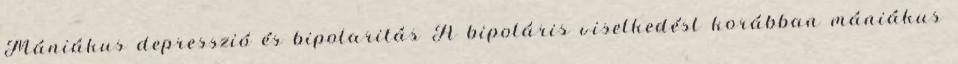
Mániákus depresszió és bipolaritás A bipoláris viselkedést korábban mániákus